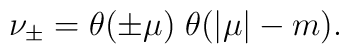
\nu_{\pm}=\theta(\pm\mu)\;\theta(|\mu|-m) .